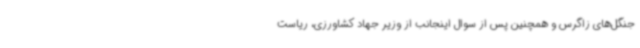
جنگل‌های زاگرس و همچنین پس از سوال اینجانب از وزیر جهاد کشاورزی، ریاست